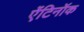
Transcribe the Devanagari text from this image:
ऐंटिनॉक